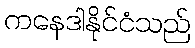
ကနေဒါနိုင်ငံသည်